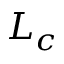
L _ { c }